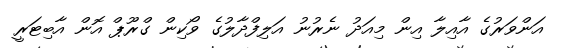
އަންވަރުގެ އާއިލާ އިން މިއަދު ނެރުނު އަލިފްދާލުގެ ވޯކިން ގްރޫޕް އޮން އާބިޓަރީ